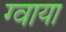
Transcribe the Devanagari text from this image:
ग्वाया